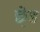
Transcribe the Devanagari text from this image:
छ़ेड